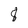
Character: 8